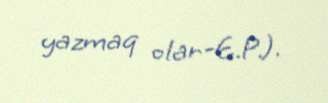
yazmaq olar-E.P.).